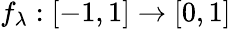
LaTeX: f_{\lambda}:[-1,1]\to[0,1]